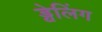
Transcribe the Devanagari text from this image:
ड्वेलिंग